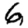
Digit: 6